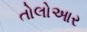
તોલોઆર